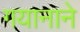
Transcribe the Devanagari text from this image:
गयानाने